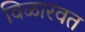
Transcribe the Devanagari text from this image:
विळारवत